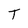
Character: T